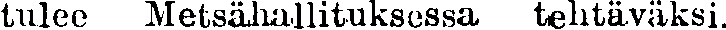
tulee Metsähallituksessa tehtäväksi.